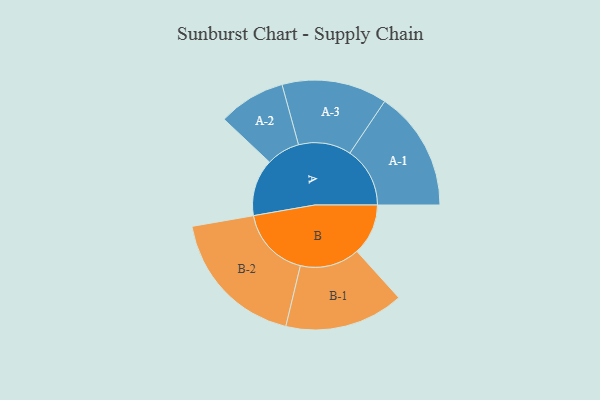
{"axis": {"x": "Segment", "y": "Value"}, "legend": ["", "A", "B"], "data": [{"x": "A", "y": 232, "type": ""}, {"x": "B", "y": 209, "type": ""}, {"x": "A-1", "y": 245, "type": "A"}, {"x": "A-2", "y": 137, "type": "A"}, {"x": "A-3", "y": 215, "type": "A"}, {"x": "B-1", "y": 243, "type": "B"}, {"x": "B-2", "y": 291, "type": "B"}]}